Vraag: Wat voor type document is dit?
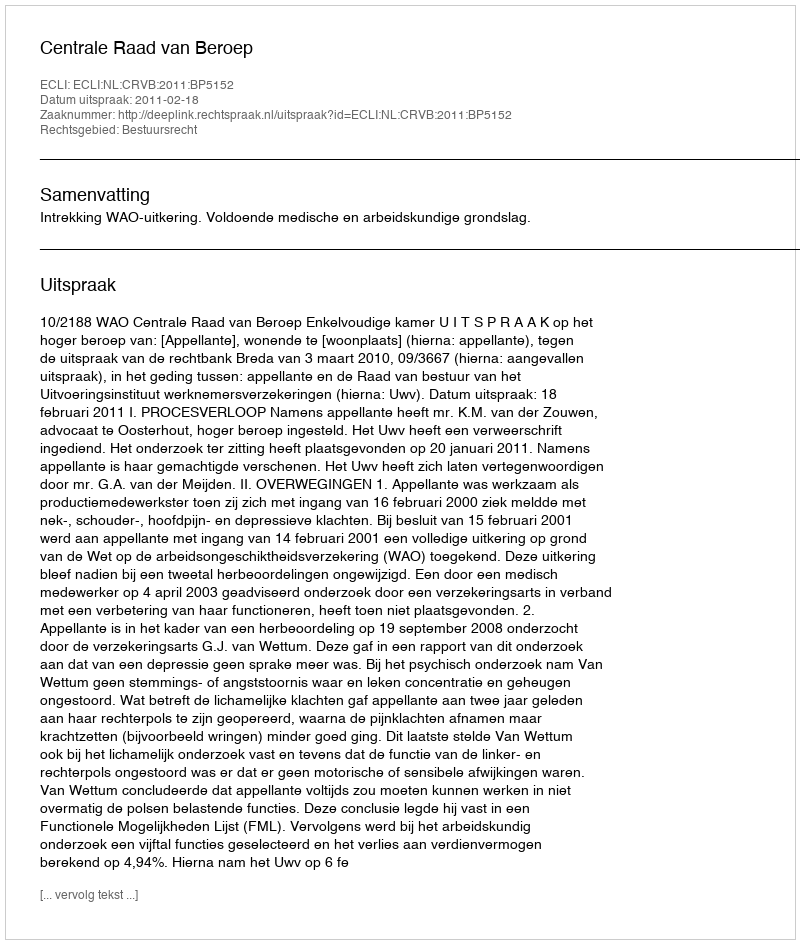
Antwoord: Uitspraak